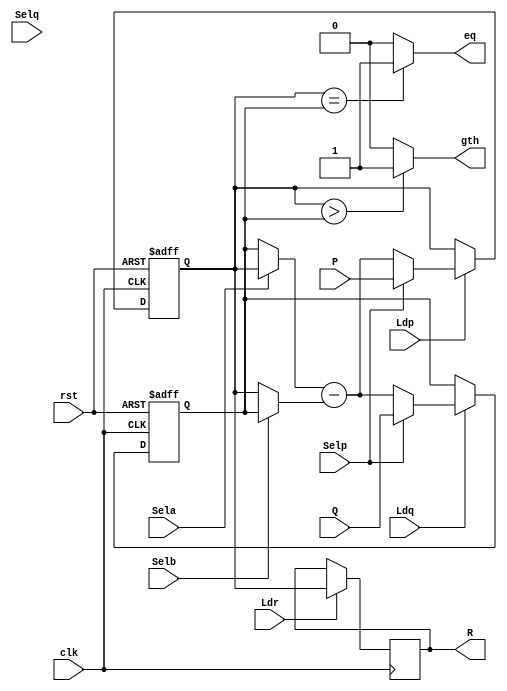
module Datapath(
input[N-1:0] P, Q,
input Selp, Selq, Sela, Selb, Ldp, Ldq, Ldr, clk, rst,
output[N-1:0] R,
output eq, gth
);

parameter N = 8;

reg[N-1:0] R;
reg[N-1:0] Pbus, Qbus, ALU;
reg[N-1:0] Abus, Bbus;

//regP
always @ (posedge clk, posedge rst) begin

	if(rst) Pbus <= 0;
	else if (Ldp) begin
		if(Selp) Pbus <= P;
		else Pbus <= ALU;
	end
	
end

//regQ
always @ (posedge clk, posedge rst) begin

	if(rst) Qbus <= 0;
	else if(Ldq) begin
		if(Selp) Qbus <= Q;
		else Qbus <= ALU;
	end

end

//mux a
always @ (Pbus, Qbus, Sela) begin

	if(Sela) Abus = Pbus;
	else Abus = Qbus;

end

//mux b
always @ (Pbus, Qbus, Selb) begin

	if(Selb) Bbus = Qbus;
	else Bbus = Pbus;

end

//alu
always @ (Abus, Bbus) ALU = Abus - Bbus;

//reg R
always @ (posedge clk) begin

	if(Ldr) R <= Pbus;
	else R <= R;
		
end

//comparator
assign eq = (Pbus == Qbus)?1:0;
assign gth = (Pbus > Qbus)?1:0;

endmodule